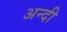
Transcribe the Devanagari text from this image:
अन्दी